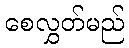
စေလွှတ်မည်